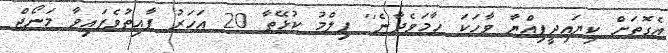
އެގޮތަށް ކިޔައިދީފިއްޔާ ވާހަކަ ހާމަވެދާނެ'' ފިލްމު ކުޅޭތާ 20 އަހަރު ފާއިތުވެފައިވާ މަނޯޖް